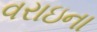
વરાઇના